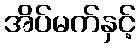
အိပ်မက်နှင့်